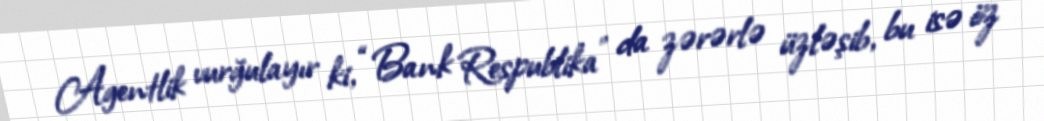
Agentlik vurğulayır ki, “Bank Respublika” da zərərlə üzləşib, bu isə öz